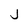
Character: J